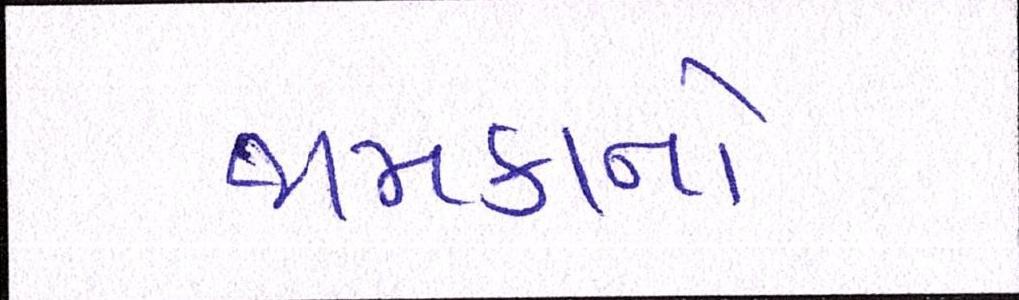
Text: જામકાનો